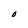
Character: O